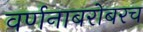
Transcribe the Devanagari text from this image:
वर्णनाबरोबरच